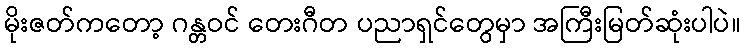
မိုးဇတ်ကတော့ ဂန္တဝင် တေးဂီတ ပညာရှင်တွေမှာ အကြီးမြတ်ဆုံးပါပဲ။